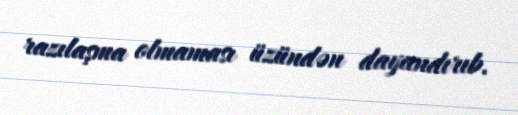
razılaşma olmaması üzündən dayandırıb.